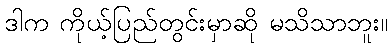
ဒါက ကိုယ့်ပြည်တွင်းမှာဆို မသိသာဘူး။